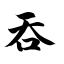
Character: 吞